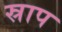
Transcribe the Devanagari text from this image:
स्राप